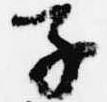
子